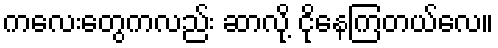
ကလေးတွေကလည်း ဆာလို့ ငိုနေကြတယ်လေ။